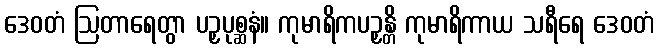
ဒေဝတံ ဩတာရေတွာ ပဉှပုစ္ဆနံ။ ကုမာရိကပဉှန္တိ ကုမာရိကာယ သရီရေ ဒေဝတံ